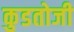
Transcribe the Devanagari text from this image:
कुडतोजी